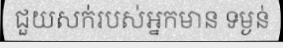
ជួយសក់របស់អ្នកមាន ទម្ងន់